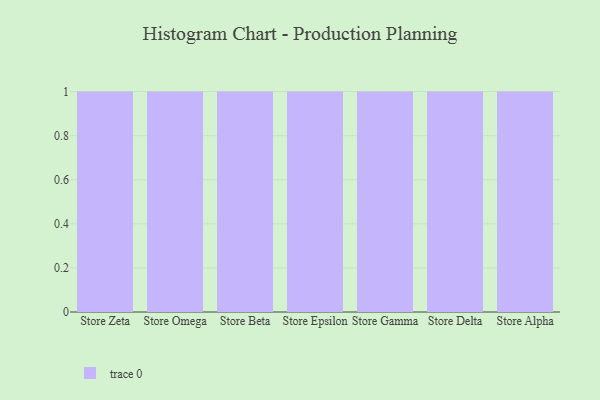
{"axis": {"x": "Store", "y": "Net Income (USD K)"}, "legend": [""], "data": [{"x": "Store Zeta", "y": 81, "type": ""}, {"x": "Store Omega", "y": 88, "type": ""}, {"x": "Store Beta", "y": 32, "type": ""}, {"x": "Store Epsilon", "y": 88, "type": ""}, {"x": "Store Gamma", "y": 30, "type": ""}, {"x": "Store Delta", "y": 10, "type": ""}, {"x": "Store Alpha", "y": 22, "type": ""}]}